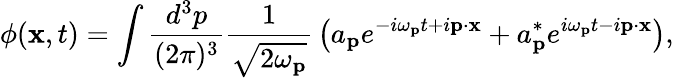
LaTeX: \phi(\mathbf{x},t)=\int{\frac{d^{3}p}{(2\pi)^{3}}}{\frac{1}{\sqrt{2\omega_{\mathbf{p}}}}}\left(a_{\mathbf{p}}e^{-i\omega_{\mathbf{p}}t+i\mathbf{p}\cdot\mathbf{x}}+a_{\mathbf{p}}^{*}e^{i\omega_{\mathbf{p}}t-i\mathbf{p}\cdot\mathbf{x}}\right),